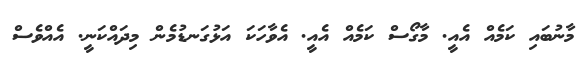
މާނުބައި ކަމެއް އެއީ. މާގޯސް ކަމެއް އެއީ. އެވާހަކަ އަޅުގަނޑުމެން މިދައްކަނީ. އެއްވެސް